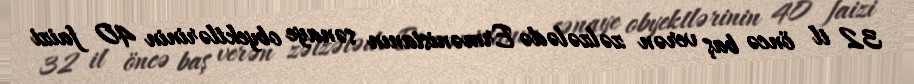
32 il öncə baş verən zəlzələdə Ermənistanın sənaye obyektlərinin 40 faizi